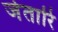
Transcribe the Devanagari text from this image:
जेतारि